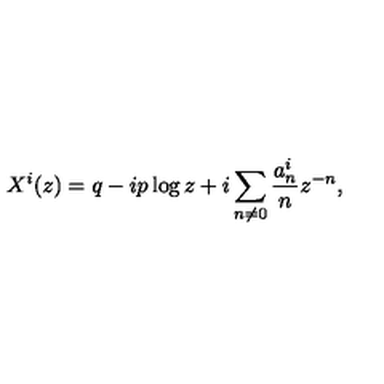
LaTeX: X ^ { i } ( z ) = q - i p \log z + i \sum _ { n \neq 0 } { \frac { a _ { n } ^ { i } } { n } } z ^ { - n } ,